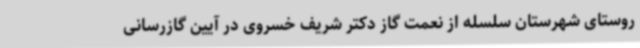
روستای شهرستان سلسله از نعمت گاز دکتر شریف خسروی در آیین گازرسانی